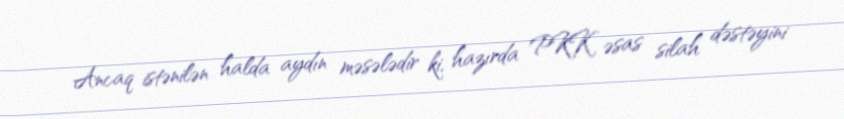
Ancaq istənilən halda aydın məsələdir ki, hazırda PKK əsas silah dəstəyini